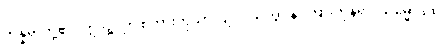
ကိန္နရာတို့၏။ ဣဒဉ္စ၊ ဤစကားကိုသာလျင်။ သုတွာ န၊ ကြားကုန်၍။ သမ္မောဒထ၊